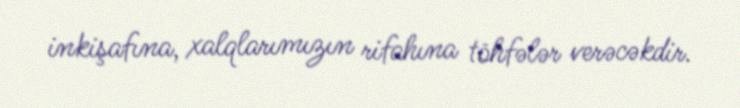
inkişafına, xalqlarımızın rifahına töhfələr verəcəkdir.